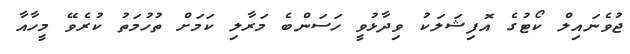
ޖުވެނައިލް ކޯޓުގެ އޮފިޝަލަކު ވިދާޅުވީ ހަސަންބެ މަރާލި ކަމަށް ތުހުމަތު ކުރެވޭ މީހާއާ